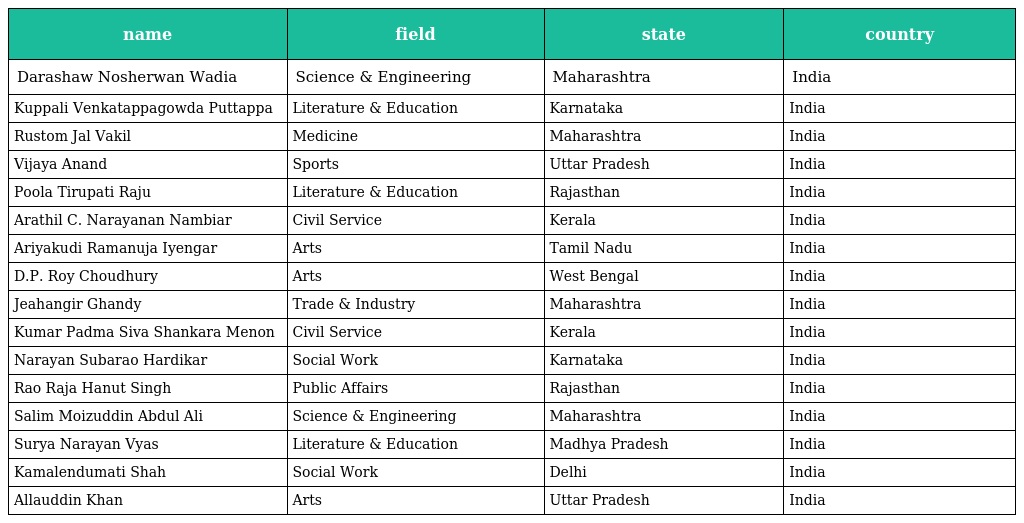
| name | field | state | country |
 | --- | --- | --- | --- |
 | Darashaw Nosherwan Wadia | Science & Engineering | Maharashtra | India |
 | Kuppali Venkatappagowda Puttappa | Literature & Education | Karnataka | India |
 | Rustom Jal Vakil | Medicine | Maharashtra | India |
 | Vijaya Anand | Sports | Uttar Pradesh | India |
 | Poola Tirupati Raju | Literature & Education | Rajasthan | India |
 | Arathil C. Narayanan Nambiar | Civil Service | Kerala | India |
 | Ariyakudi Ramanuja Iyengar | Arts | Tamil Nadu | India |
 | D.P. Roy Choudhury | Arts | West Bengal | India |
 | Jeahangir Ghandy | Trade & Industry | Maharashtra | India |
 | Kumar Padma Siva Shankara Menon | Civil Service | Kerala | India |
 | Narayan Subarao Hardikar | Social Work | Karnataka | India |
 | Rao Raja Hanut Singh | Public Affairs | Rajasthan | India |
 | Salim Moizuddin Abdul Ali | Science & Engineering | Maharashtra | India |
 | Surya Narayan Vyas | Literature & Education | Madhya Pradesh | India |
 | Kamalendumati Shah | Social Work | Delhi | India |
 | Allauddin Khan | Arts | Uttar Pradesh | India |